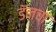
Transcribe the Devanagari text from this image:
डॅनचा